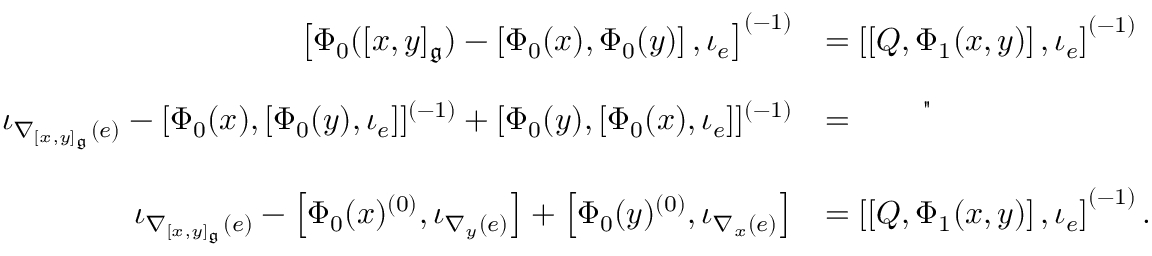
\begin{array} { r l } { \left[ \Phi _ { 0 } ( [ x , y ] _ { \mathfrak { g } } ) - \left[ \Phi _ { 0 } ( x ) , \Phi _ { 0 } ( y ) \right] , \iota _ { e } \right] ^ { ( - 1 ) } } & { = \left[ \left[ Q , \Phi _ { 1 } ( x , y ) \right] , \iota _ { e } \right] ^ { ( - 1 ) } } \\ & { } \\ { \iota _ { \nabla _ { [ x , y ] _ { \mathfrak { g } } } ( e ) } - [ \Phi _ { 0 } ( x ) , [ \Phi _ { 0 } ( y ) , \iota _ { e } ] ] ^ { ( - 1 ) } + [ \Phi _ { 0 } ( y ) , [ \Phi _ { 0 } ( x ) , \iota _ { e } ] ] ^ { ( - 1 ) } } & { = \qquad ^ { " } } \\ & { } \\ { \iota _ { \nabla _ { [ x , y ] _ { \mathfrak { g } } } ( e ) } - \left[ \Phi _ { 0 } ( x ) ^ { ( 0 ) } , \iota _ { \nabla _ { y } ( e ) } \right] + \left[ \Phi _ { 0 } ( y ) ^ { ( 0 ) } , \iota _ { \nabla _ { x } ( e ) } \right] } & { = \left[ \left[ Q , \Phi _ { 1 } ( x , y ) \right] , \iota _ { e } \right] ^ { ( - 1 ) } . } \end{array}